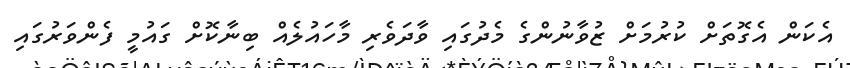
އެކަން އެގޮތަށް ކުރުމަށް ޒުވާނުންގެ މެދުގައި ވާދަވެރި މާހައުލެއް ބިނާކޮށް ގައުމީ ފެންވަރުގައި